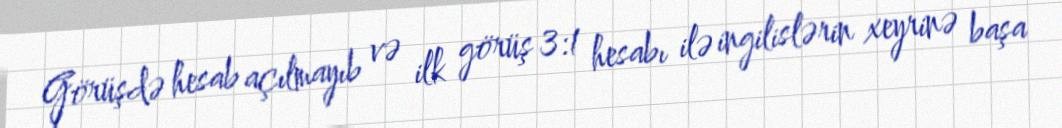
Görüşdə hesab açılmayıb və ilk görüş 3:1 hesabı ilə ingilislərin xeyrinə başa